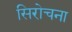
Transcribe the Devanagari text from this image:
सिरोचना